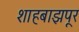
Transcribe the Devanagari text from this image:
शाहबाझपूर